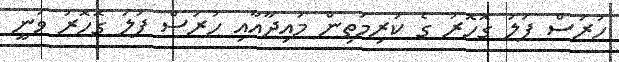
ހުރަސް ފަލަ ގޮހޮރު ގެ ކުރިމަތިން މައިދާއާއި ހުރަސް ފަލަ ގޮހޮރު ވަނީ